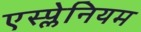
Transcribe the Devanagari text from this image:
एस्प्लेनियम